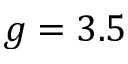
g = 3 . 5